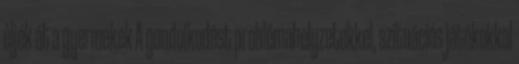
éljék át a gyermekek A gondolkodást problémahelyzetekkel, szituációs játékokkal